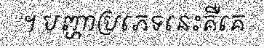
។ បញ្ហាប្រភេទនេះគឺគេ